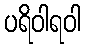
ပရိဝါရဝါ